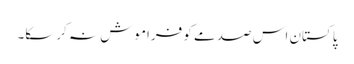
پاکستان اس صدمے کو فراموش نہ کرسکا۔